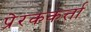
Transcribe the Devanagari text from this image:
प्रेरककर्त्ता